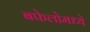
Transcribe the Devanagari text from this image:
बफेलोमध्ये